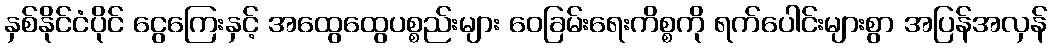
နှစ်နိုင်ငံပိုင် ငွေကြေးနှင့် အထွေထွေပစ္စည်းများ ဝေခြမ်းရေးကိစ္စကို ရက်ပေါင်းများစွာ အပြန်အလှန်